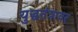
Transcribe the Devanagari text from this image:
युद्धतंत्रावर